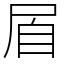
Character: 㞒